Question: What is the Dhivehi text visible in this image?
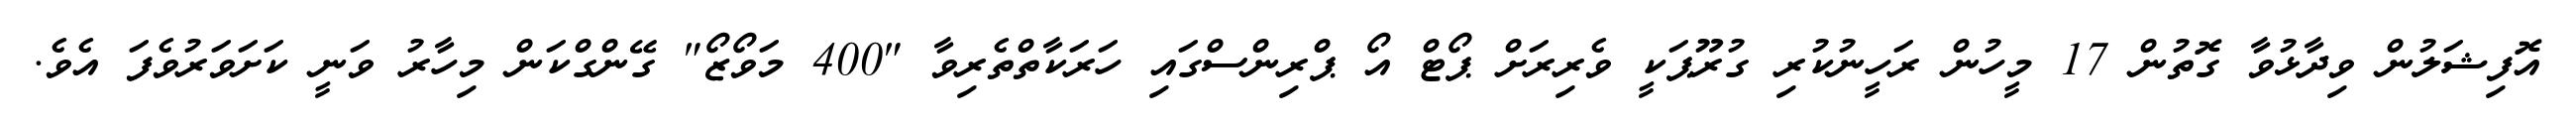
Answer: އޮފިޝަލުން ވިދާޅުވާ ގޮތުން 17 މީހުން ރަހީނުކުރި ގުރޫޕަކީ ވެރިރަށް ޕޯޓް އޯ ޕްރިންސްގައި ހަރަކާތްތެރިވާ "400 މަވޯޒޯ" ގޭންގްކަން މިހާރު ވަނީ ކަށަވަރުވެފަ އެވެ.